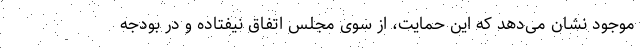
موجود نشان می‌دهد که این حمایت، از سوی مجلس اتفاق نیفتاده و در بودجه